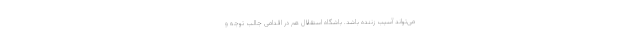
می‌تواند آسیب زننده باشد. باشگاه استقلال هم در اقدامی جالب توجه و